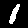
Label: 1